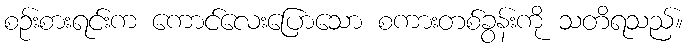
စဉ်းစားရင်းက ကောင်လေးပြောသော စကားတစ်ခွန်းကို သတိရသည်။